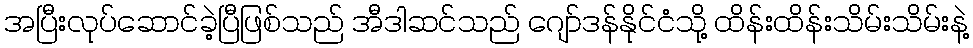
အပြီးလုပ်ဆောင်ခဲ့ပြီဖြစ်သည် အီဒါဆင်သည် ဂျော်ဒန်နိုင်ငံသို့ ထိန်းထိန်းသိမ်းသိမ်းနဲ့